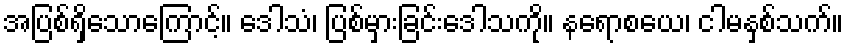
အပြစ်ရှိသောကြောင့်။ ဒေါသံ၊ ပြစ်မှားခြင်းဒေါသကို။ နရောစယေ၊ ငါမနှစ်သက်။